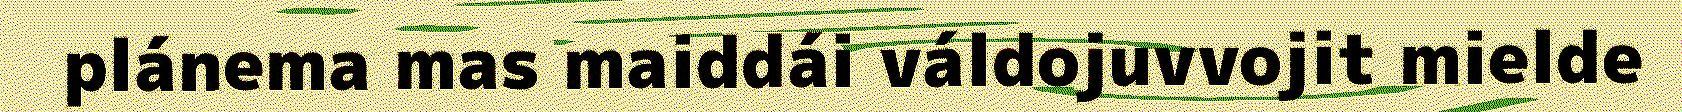
plánema mas maiddái váldojuvvojit mielde